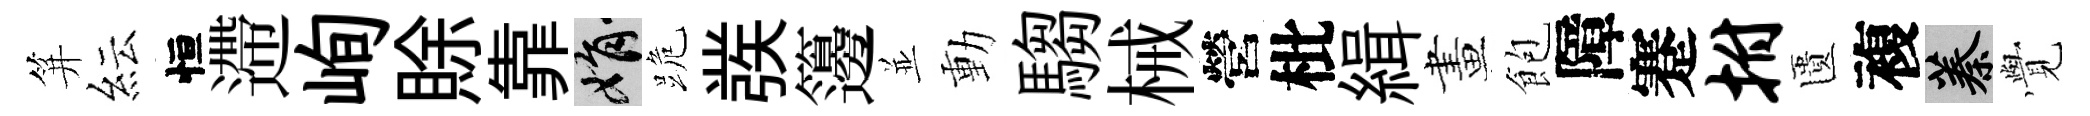
笄紜恒遰峋賖靠娟跪彂籩並動騶械營枇緝畫飽障蹇拊匱複蓁𮗜